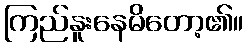
ကြည်နူးနေမိတော့၏။